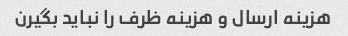
هزینه ارسال و هزینه ظرف را نباید بگیرن